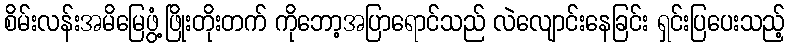
စိမ်းလန်းအမိမြေဖွံ့ဖြိုးတိုးတက် ကိုဘော့အပြာရောင်သည် လဲလျောင်းနေခြင်း ရှင်းပြပေးသည့်